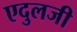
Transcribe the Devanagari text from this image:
एदुलजी